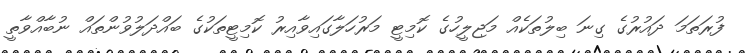
ފުރަތަމަ ދައުރުގެ ގިނަ ބިލުތަކެއް މަޖިލީހުގެ ކޮމިޓީ މަރުހަލާގައިވާއިރު ކޮމިޓީތަކުގެ ބައްދަލުވުންތައް ނުބާއްވާތީ